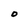
Character: O